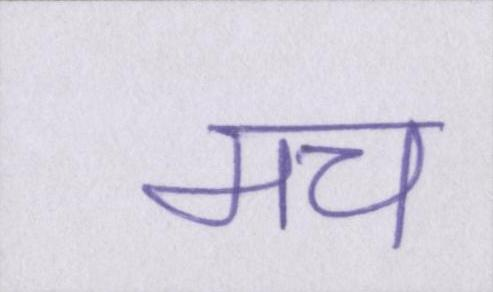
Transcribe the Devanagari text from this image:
मच